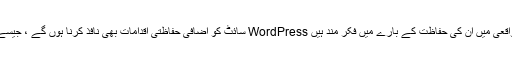
تاہم ، زیادہ تر صارفین جو واقعی میں ان کی حفاظت کے بارے میں فکر مند ہیں WordPress سائٹ کو اضافی حفاظتی اقدامات بھی نافذ کرنا ہوں گے ، جیسے پریمیم سیکیورٹی پلگ انز۔